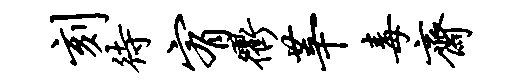
刻待宥衢莘毒斋